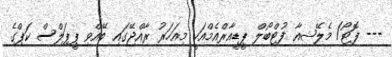
--- ފޮޓޯ/ މެލޭޝިއާ ފުޓްބޯލް ޕީޑީއާރްއެމްއަކީ މިއަހަރު ރާއްޖޭގައި ބޭއްވި ޕީޕަލްސް ކަޕްގެ